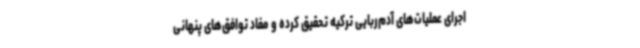
اجرای عملیات‌های آدم‌ربایی ترکیه تحقیق کرده و مفاد توافق‌های پنهانی